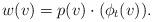
LaTeX: \begin{align*}w(v) = p(v)\cdot ( \phi_t(v) ). \end{align*}